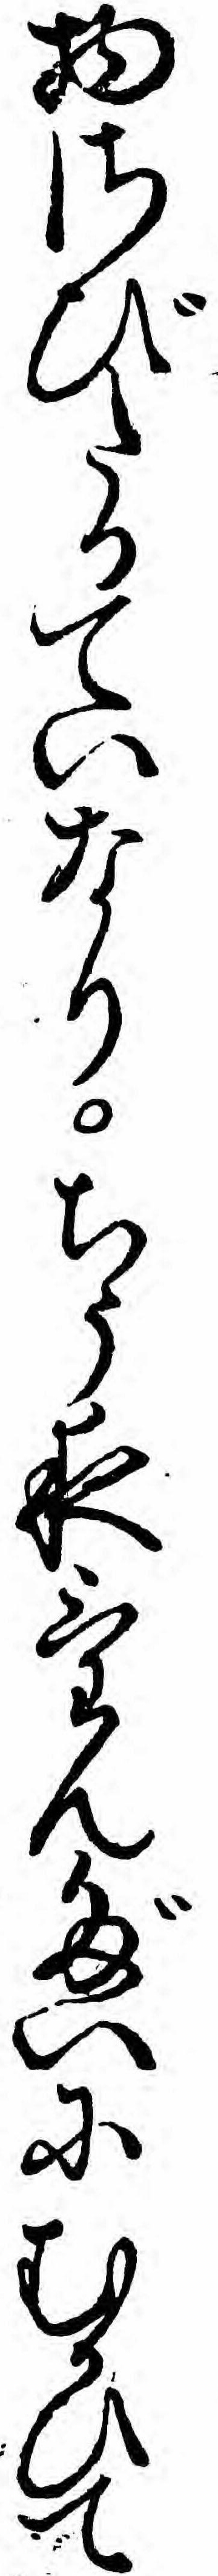
物さびたるていなりちう夜けんだいにむかひて